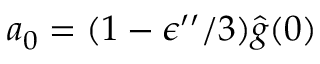
a _ { 0 } = ( 1 - \epsilon ^ { \prime \prime } / 3 ) \hat { g } ( 0 )